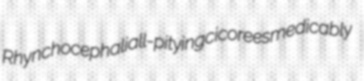
Rhynchocephali all-pitying cicorees medicably